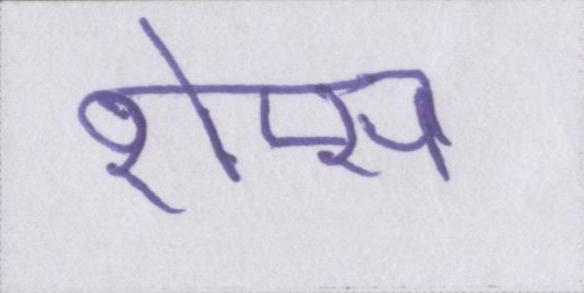
शेप्स